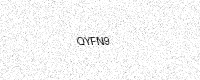
Text: QYFN9